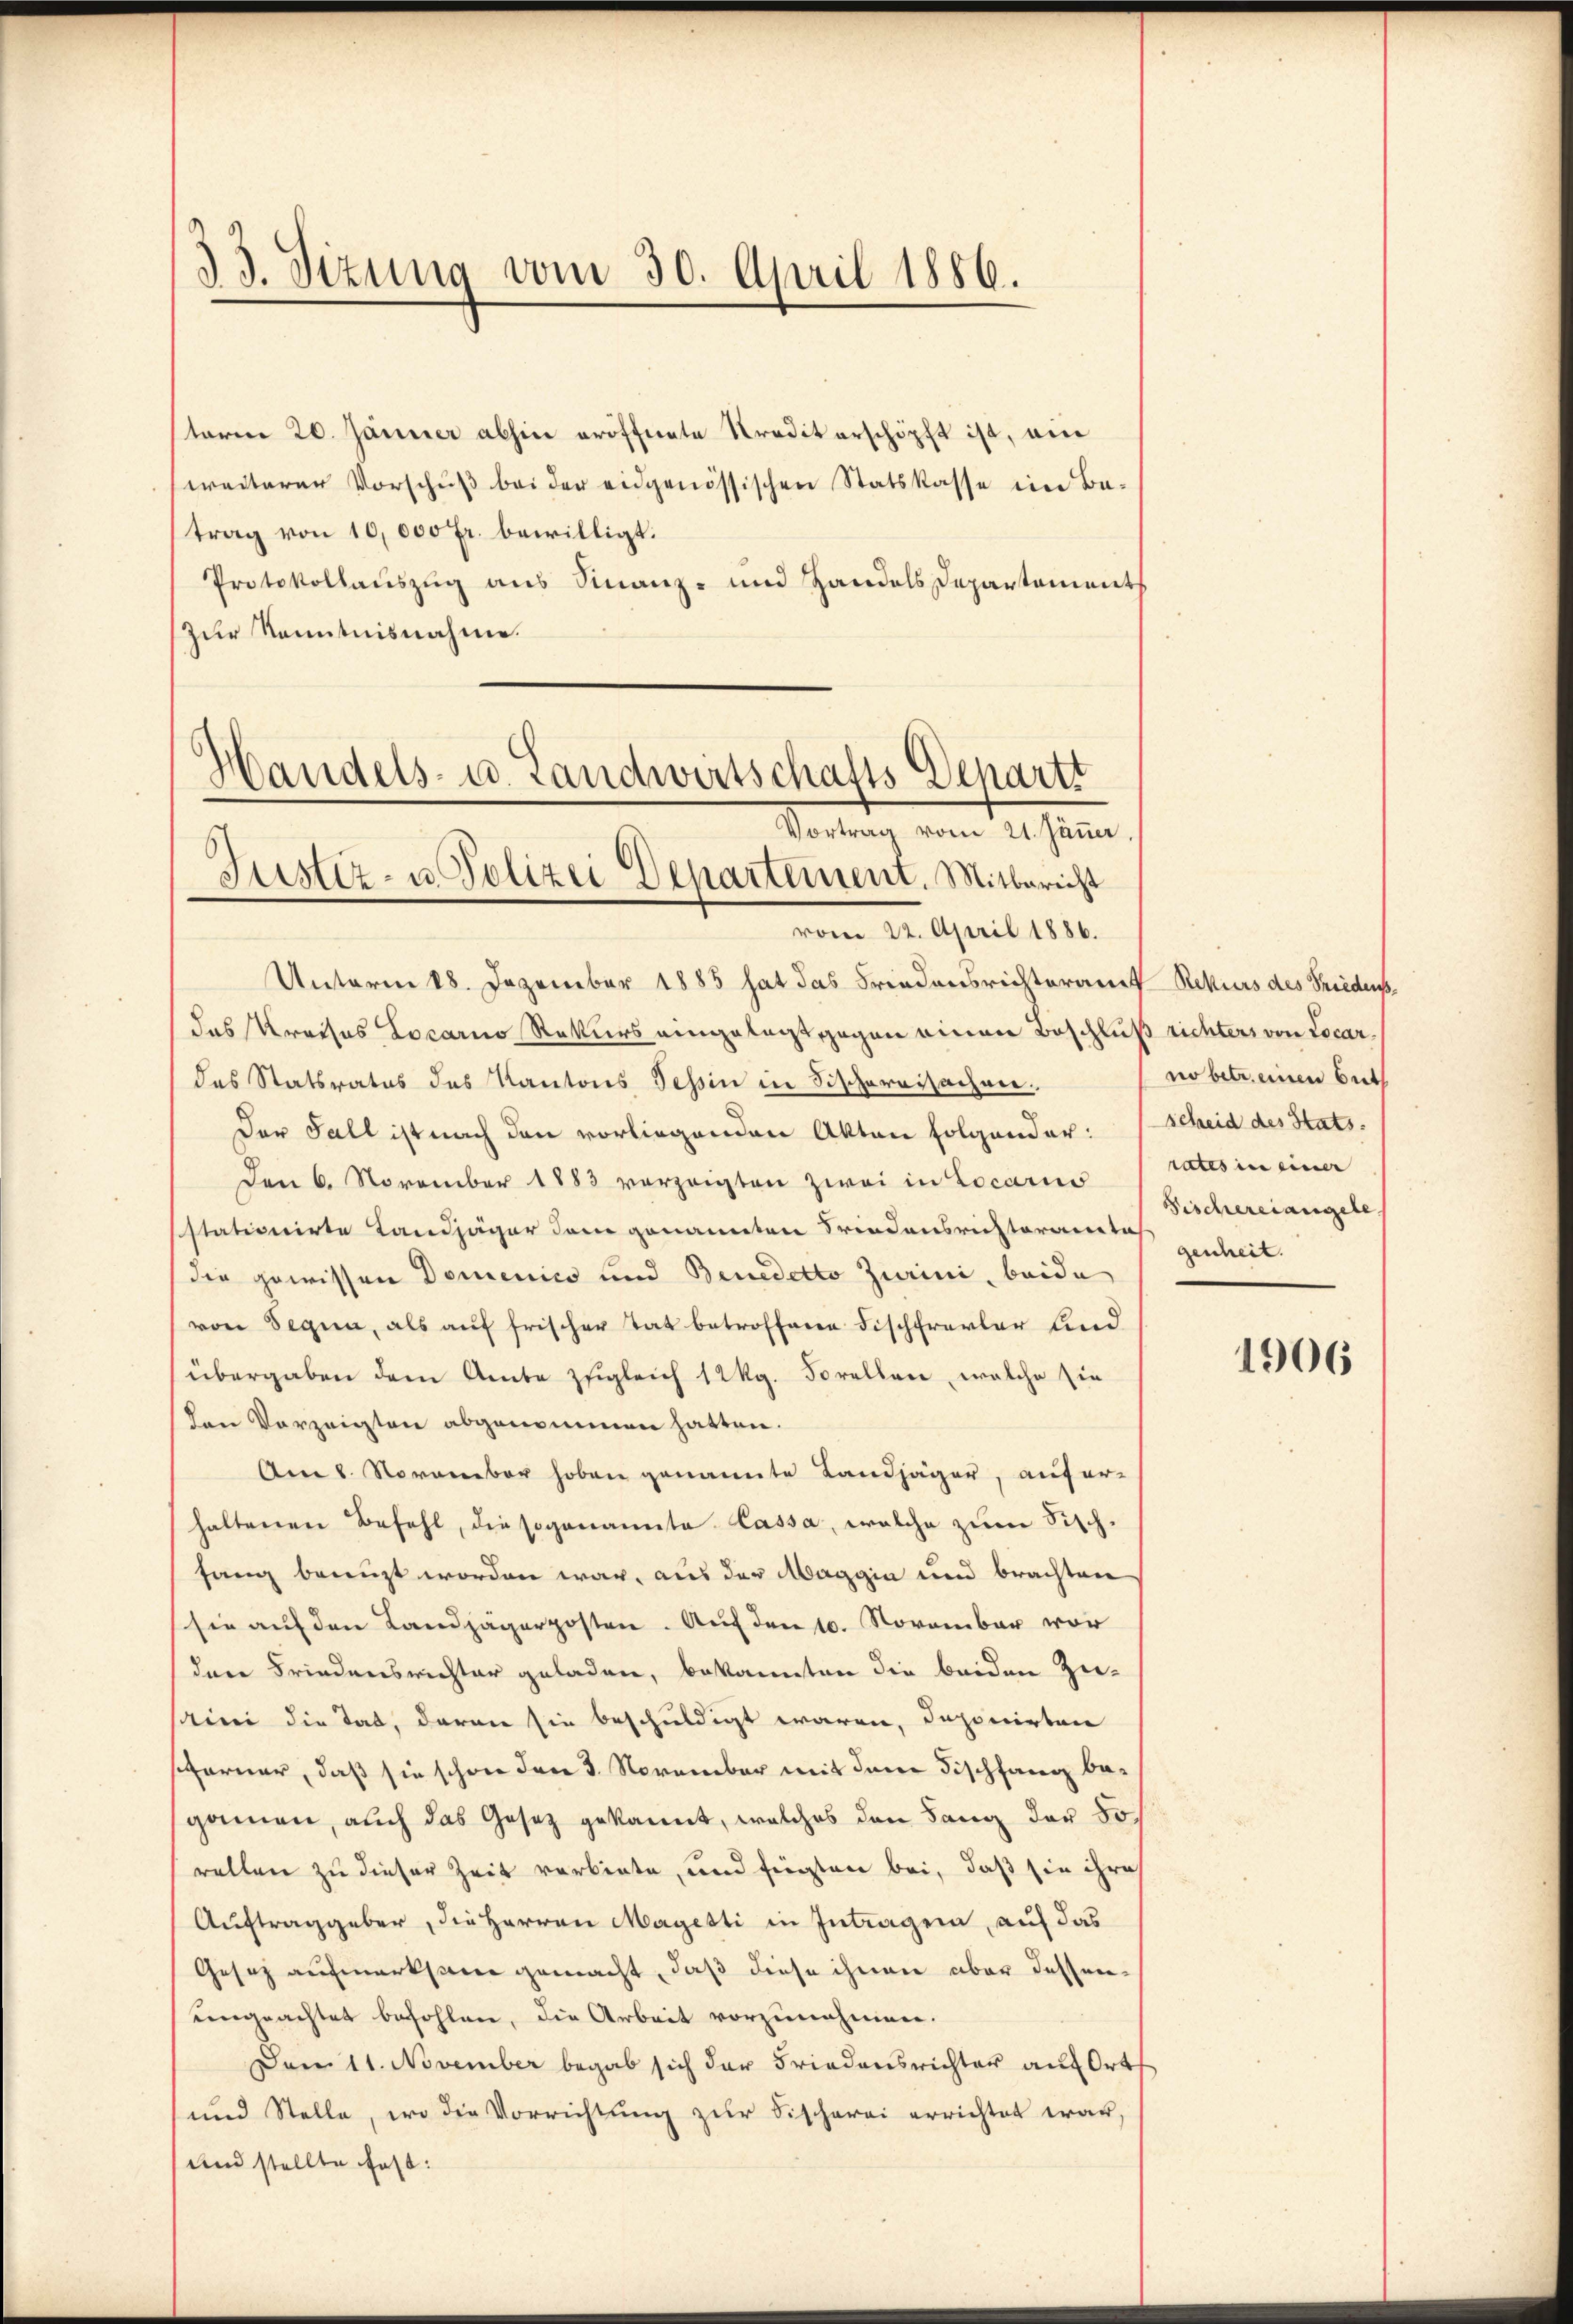
33. Sizung vom 30. April 1886.

sterm 20. Jänner abhin eröffnete Kredit erschöpft ist, ein
weiterer Vorschŭβ bei der eidgenössischen Statskasse im Batrag von 10,000 Fr. bewilligt.
Protokollauszug aus Finanz- und Handels Departements
Zur Kenntnisnahme.

Handels- u. Landwirtschafts-Departi
Vortrag vom 21. Jänner
Justiz- u. Polizei Departement. Mitbericht

vom 22. April 1886.
Unterm 18. Dezember 1885 hat das Friedensrichteramt Rekurs des Friedenk
das Kreises Locarno Rekurs eingelegt gegen einen Beschluß richters von Locardas Statsrates des Kantons Tessin in Fischereisachen.
Der Fall ist nach den vorliegenden Akten folgender:
Den 6. November 1883 vorzeigten zwei in Locario
sstativicirte Landjäger dem genannten Friedensrichteramtes zenheit.
(die gewissen Domenico und Benedetto Zurini, beide
von Segia, als aŭf frischer Tat betroffene Fischfrevler lind
(übergaben dem Amte zugleich 12 kg. Forellen, welche sie
Den Vorzeigten abgenommen hatten.
Am 8. November hoben genannte Landjäger, auf er-
haltenen Befehl, die sogenannte Cassa, welche zum Fischfang benuzt worden war, aus der Maggia und brachten
sie auf den Landjägerposten. Auf den 10. November vor
der Friedensrichter geladen, bekannten die beiden Zusini die Tat, daran sie beschuldigt waren, deponirten
sfarner, daß sie schon den 3. November mit dem Fischfang begamen, auch das Gesetz gekannt, welches den Lang der Sorellen zu dieser Zeit verbiete, und fügten bei, daß sie ihre
Auftraggeber, die Herren Magisti in Intragen, auf das
Gesetz aufmerksam gemacht, daß diese ihnen aber desseneingeachtet befohlen, die Arbeit vorzunehmen.
Den 11. November begab sich der Friedensrichter auf Orts
und Stelle, wo die Vorrichtŭng zŭr Fischerei errichtet war,
und stellte Fast:

no betr. einen beth
scheid des Stats.
rates in einer
Fischereiangele

1906